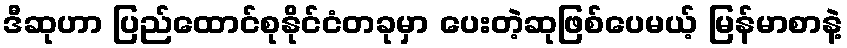
ဒီဆုဟာ ပြည်ထောင်စုနိုင်ငံတခုမှာ ပေးတဲ့ဆုဖြစ်ပေမယ့် မြန်မာစာနဲ့